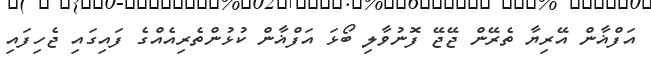
އަފްޣާން އޭރިޔާ ތެރޭން ޖޭޖޭ ފޮނުވާލި ބޯޅަ އަފްޣާން ކުޅުންތެރިއެއްގެ ފައިގައި ޖެހިފައި